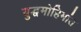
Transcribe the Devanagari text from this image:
युद्धमोहिमांत